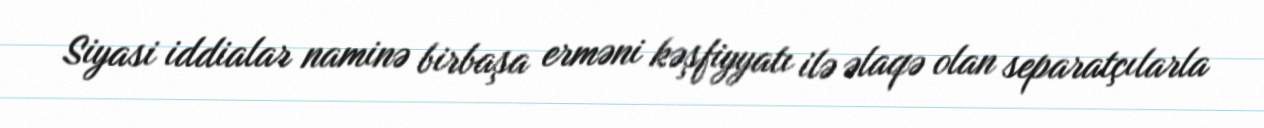
Siyasi iddialar naminə birbaşa erməni kəşfiyyatı ilə əlaqə olan separatçılarla